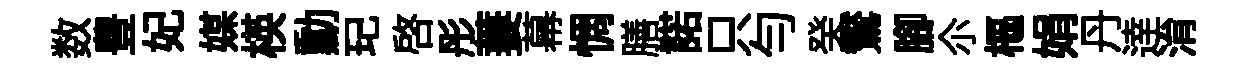
数豊妃媒楧勳玘啓彤萋幕惆膳諾只匀癸鸑腳尒樞娟丹逹㳙